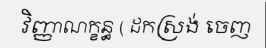
វិញ្ញាណក្ខន្ធ ( ដកស្រង់ ចេញ